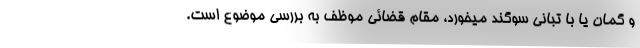
و گمان یا با تبانی سوگند میخورد، مقام قضائی موظف به بررسی موضوع است.